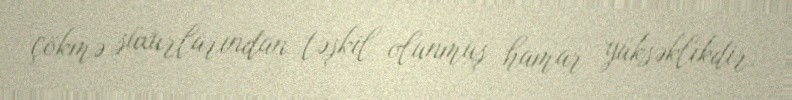
çökmə süxurlarından təşkil olunmuş hamar yüksəklikdir.